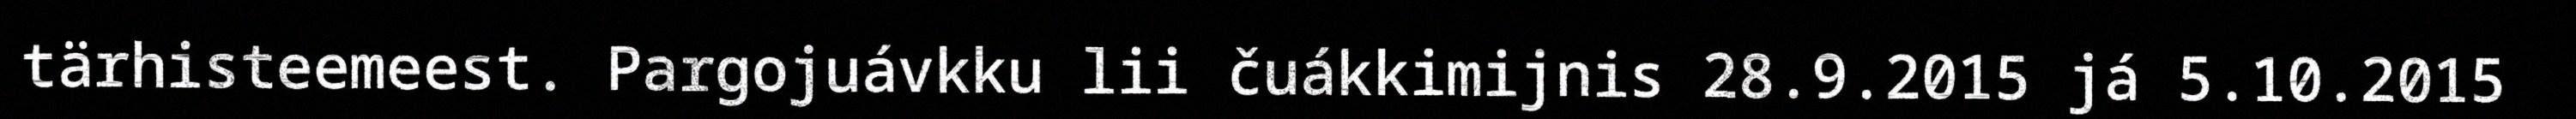
tärhisteemeest. Pargojuávkku lii čuákkimijnis 28.9.2015 já 5.10.2015